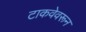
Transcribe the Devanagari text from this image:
टाकवेवरून